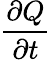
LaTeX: {\big.}{\frac{\partial Q}{\partial t}}{\big.}